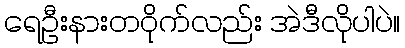
ရေဦးနားတဝိုက်လည်း အဲဒီလိုပါပဲ။